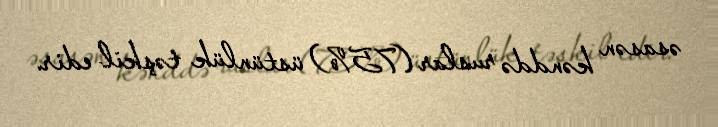
əsasən kənddə ruslar (75%) üstünlük təşkil edir.